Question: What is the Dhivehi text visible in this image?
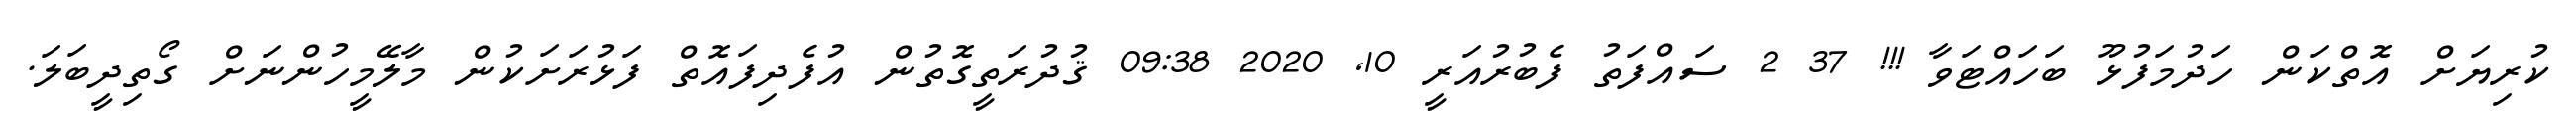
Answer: ކުރިޔަށް އޮތްކަން ހަދުމަފުޅޫ ބަހައްޓަވާ !!! 37 2 ސައްފަތު ފެބުރުއަރީ 10, 2020 09:38 ޤުދުރަތީގޮތުން އުފެދިފައޮތް ފަޅުރަށަކުން މާލޭމީހުންނަށް ގޯތިދީބަލަ.